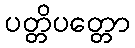
ပတ္တိပတ္တော